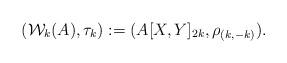
LaTeX: \begin{align*} ({\mathcal W}_k(A), \tau_k) := (A[X,Y]_{2k}, \rho_{(k,-k)}). \end{align*}